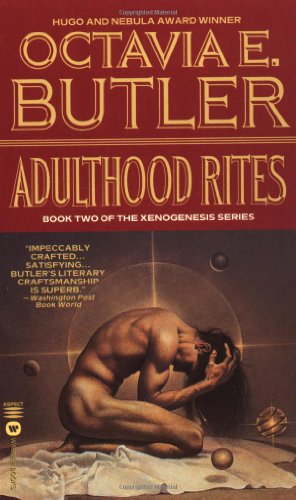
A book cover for Adulthood Rites (Xenogenesis, Book Two); Octavia E. Butler; Science Fiction & Fantasy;